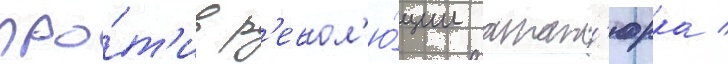
про́т'ив р'евол'ю́ции атат'юрка /